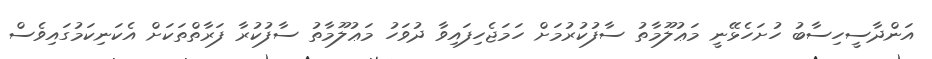
އަންދާސީހިސާބު ހުށަހެޅޭނީ މަޢުލޫމާތު ސާފުކުރުމަށް ހަމަޖެހިފައިވާ ދުވަހު މަޢުލޫމާތު ސާފުކުރާ ފަރާތްތަކަށް އެކަނިކަމުގައިވެސް